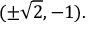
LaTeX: ( \pm { \sqrt { 2 } } , - 1 ) .